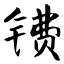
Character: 镄